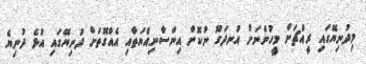
މިދުނިޔޭގައި ރީއްޗަށް މީހުންނަށް އުނދަގޫ ނުކޮށް އިންސާނިއްޔަތާއި އެއްގޮތަށް ދުނިޔޭގައި އުޅެ ދުނިޔެ